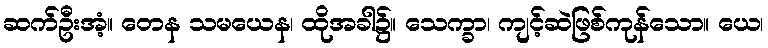
ဆက်ဦးအံ့။ တေန သမယေန၊ ထိုအခါ၌။ သေက္ခာ၊ ကျင့်ဆဲဖြစ်ကုန်သော။ ယေ၊